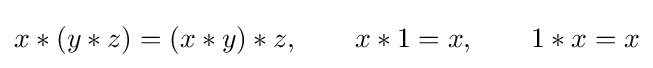
x*(y*z)=(x*y)*z,\qquad x*1=x,\qquad 1*x=x